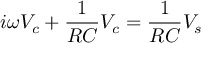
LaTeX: i \omega V _ { c } + { \frac { 1 } { R C } } V _ { c } = { \frac { 1 } { R C } } V _ { s }